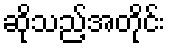
ဆိုသည့်အတိုင်း